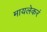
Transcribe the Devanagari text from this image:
मायलेकरं